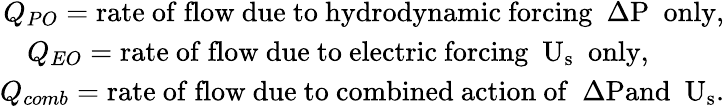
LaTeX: \begin{array}{r}{Q_{PO}=\mathrm{{rate~of~flow~due~to~hydrodynamic~forcing}~~\Delta P~~\mathrm{{only},}}}\\ {Q_{EO}=\mathrm{{rate~of~flow~due~to~electric~forcing}~~U_{s}~~\mathrm{{only},~~~~~~~~~~}}}\\ {Q_{comb}=\mathrm{{rate~of~flow~due~to~combined~action~of}~~\Delta P\mathrm{{and}~~U_{s}.}}}\end{array}